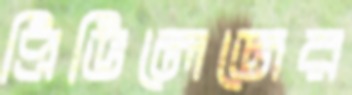
প্রিভিলেজের